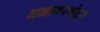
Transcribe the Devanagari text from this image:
घनावस्थेतून